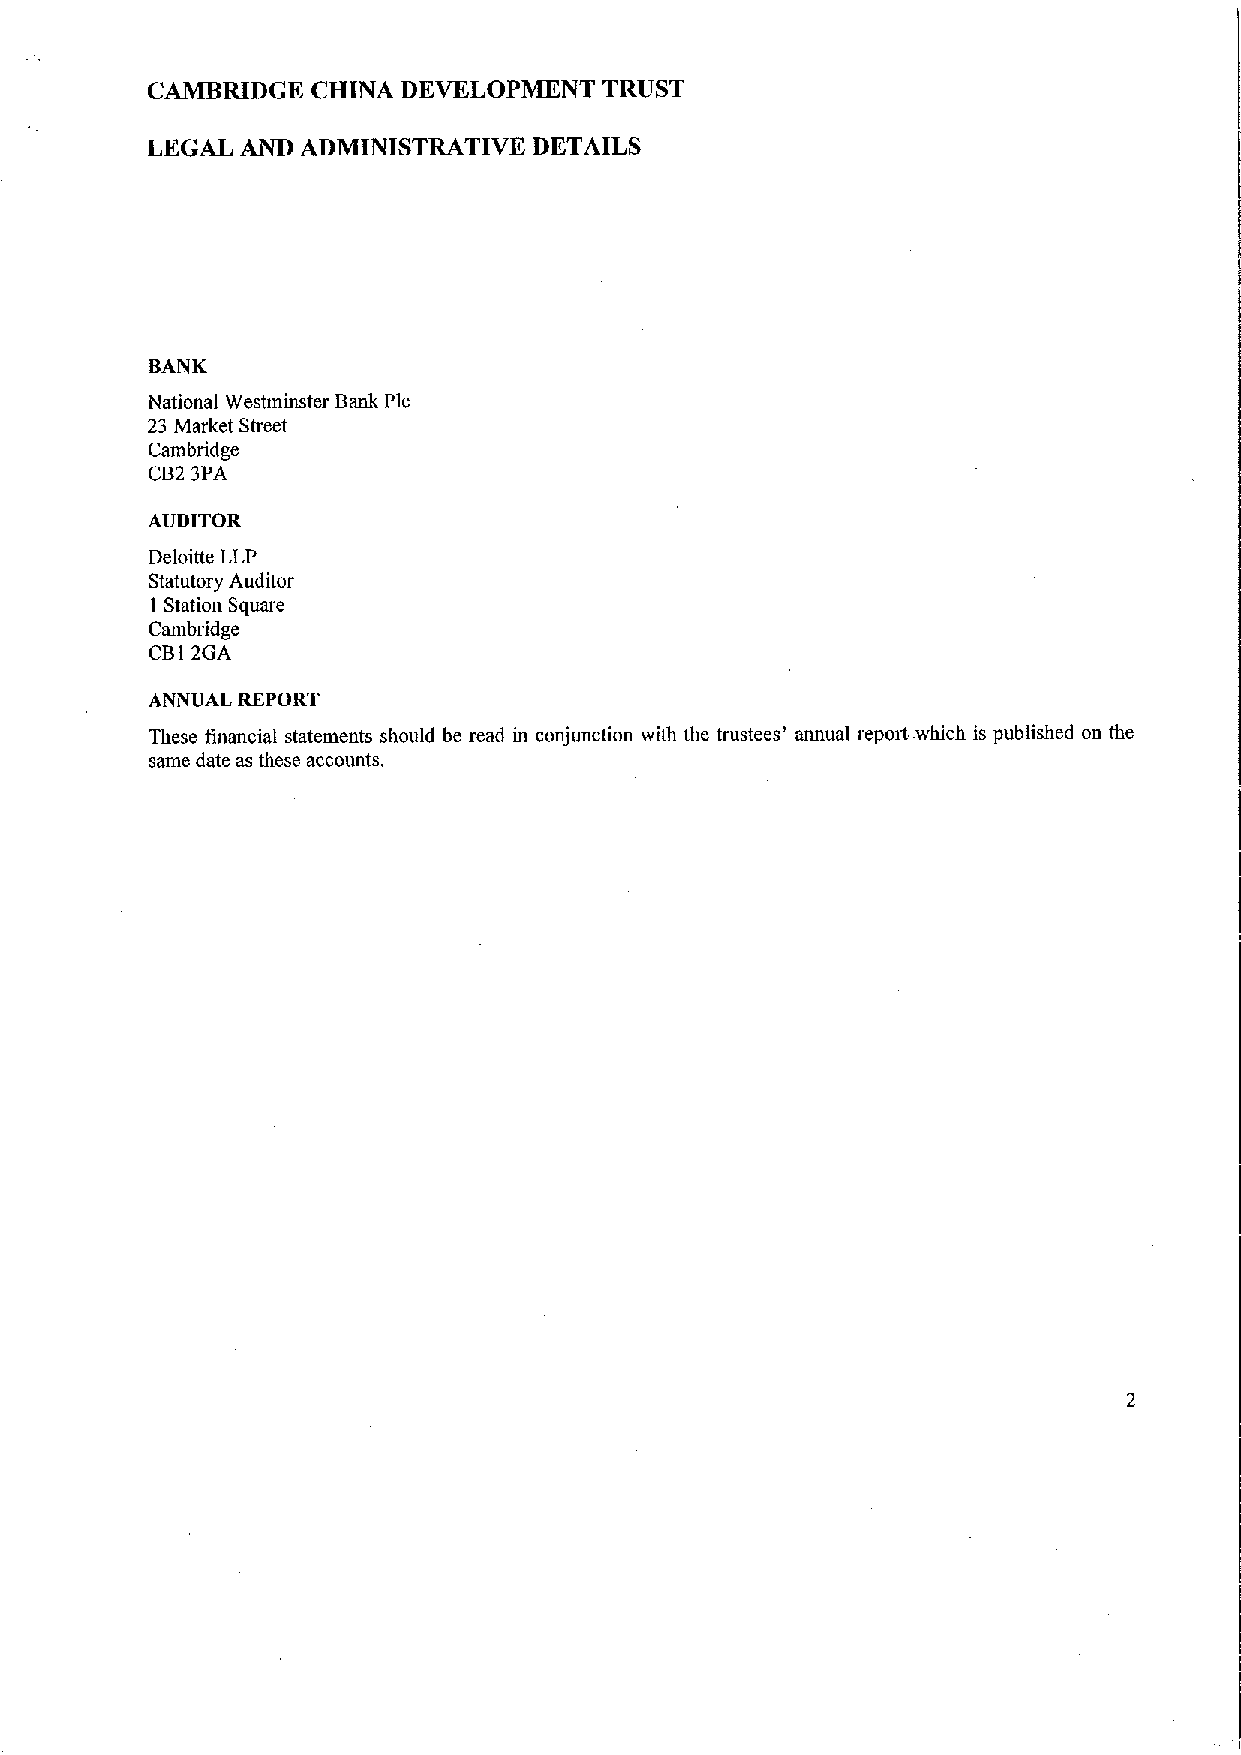
CAMBRIDGE  CHINA DEVELOPMENT  TRUST
 LEGAL AND ADMINISTRATIVE DETAILS
 BANK
 National Westminster Bank Pic
 23 Market Street
 Cambridge
 CB2 3PA
 AUDITOR
 Deloitte LLP
 Statutory Auditor
 I Station Square
 Cambridge
 CB12GA
 ANNUALREPORT
 These financial statements should be read in conjunction with the trustees' annual report which is published on the
 same date as these accounts,